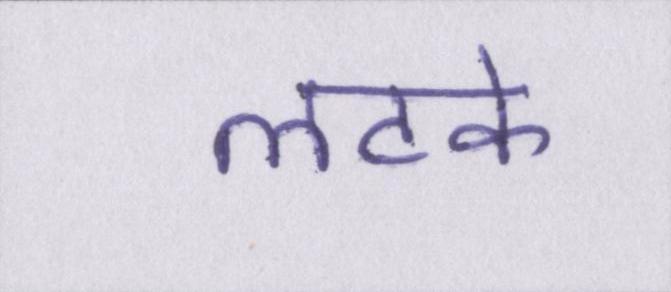
लटके